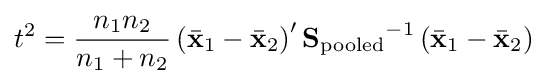
t^{2}={\frac {n_{1}n_{2}}{n_{1}+n_{2}}}\left({\bar {\mathbf {x} }}_{1}-{\bar {\mathbf {x} }}_{2}\right)'{\mathbf {S} _{\text{pooled}}}^{-1}\left({\bar {\mathbf {x} }}_{1}-{\bar {\mathbf {x} }}_{2}\right)